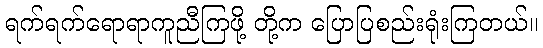
ရက်ရက်ရောရာကူညီကြဖို့ တို့က ပြောပြစည်းရုံးကြတယ်။